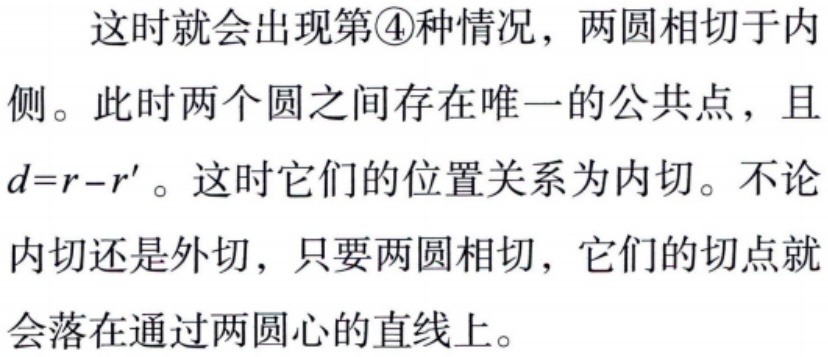
这时就会出现第\textcircled{4}种情况，两圆相切于内侧。此时两个圆之间存在唯一的公共点，且\(d = r - r'\)。这时它们的位置关系为内切。不论内切还是外切，只要两圆相切，它们的切点就会落在通过两圆心的直线上。